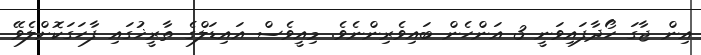
އިން ޖާގަ ހޯދާފައިވަނީ 3 އަންހެން ބައިވެރިންނެވެ. މިއީވެސް އައިޑަލްގެ ތާރީޚުގައި ފާހަގަކޮށްލެވޭ